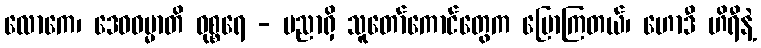
လောကေ၊ ဒေဝဓမ္မာတိ ဝုစ္စရေ - ပညာရှိ သူတော်ကောင်တွေက ပြောကြတယ်၊ ဟောဒီ ဟိရီနဲ့